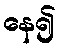
နေ၍